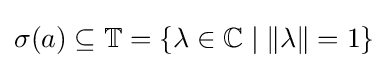
\sigma (a)\subseteq \mathbb {T} =\{\lambda \in \mathbb {C} \mid \left\|\lambda \right\|=1\}